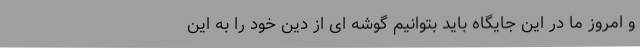
و امروز ما در این‌ جایگاه باید بتوانیم گوشه ای از دین خود را به این